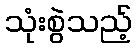
သုံးစွဲသည့်